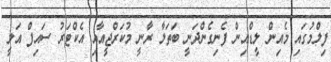
ފިލްމުގައި މެއިން ލީޑްއިން ފެނިގެންދަނީ ބަތަލާ ރާނީ މުކަރްޖީއާއި އެކްޓަރު ސައިފް އަލީ